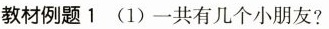
教材例题1 (1)一共有几个小朋友?